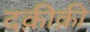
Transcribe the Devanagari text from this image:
दक़ीक़ी